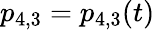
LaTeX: p_{4,3}=p_{4,3}(t)